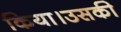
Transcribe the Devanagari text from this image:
किया।उसकी